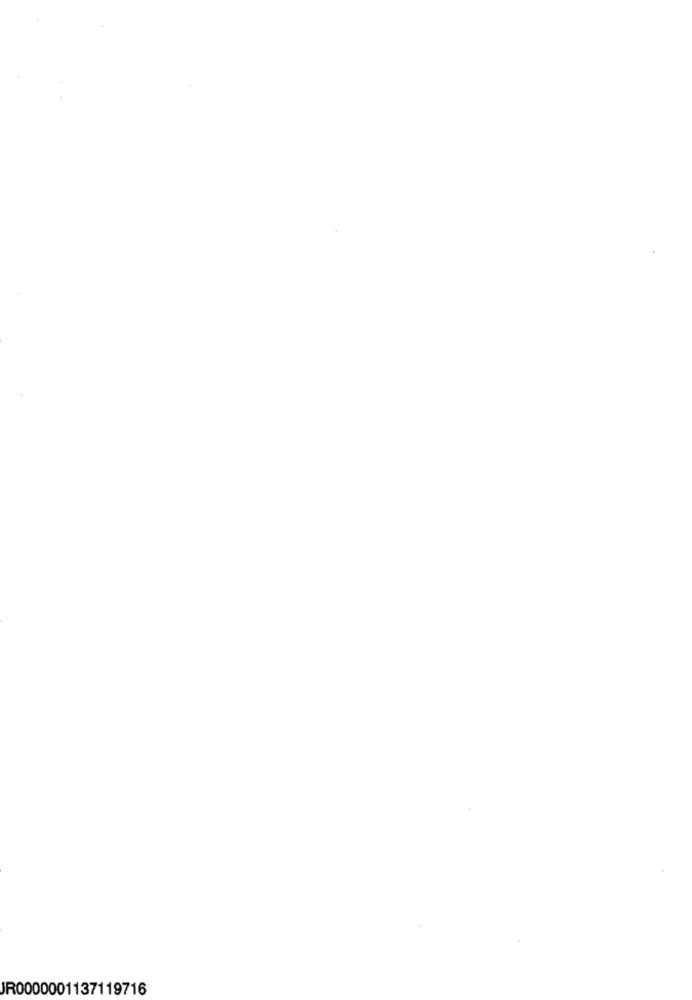
JR0000001137119716